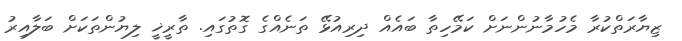
ޒިޔާރަތްކުރާ މެހުމާނުންނަށް ކަމޭހިތާ ބައެއް ދިރިއުޅޭ ތަނެއްގެ ގޮތުގައި. ތާރީޚީ ލިޔުންތަކަށް ބަލާއިރު